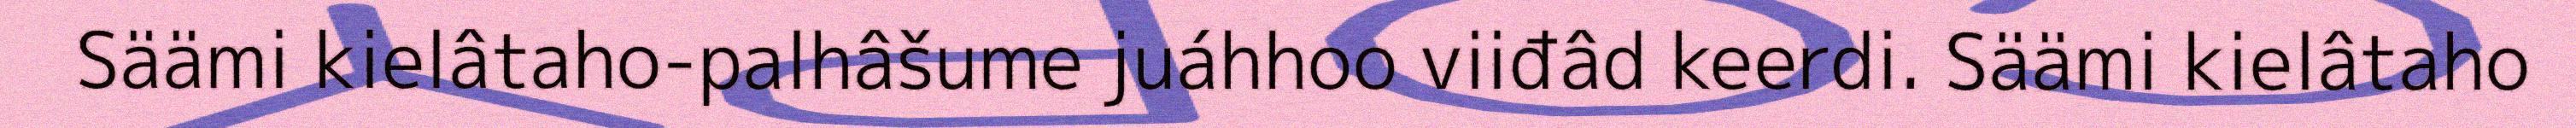
Säämi kielâtaho-palhâšume juáhhoo viiđâd keerdi. Säämi kielâtaho